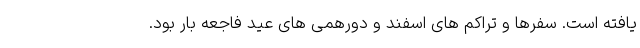
یافته است. سفرها و تراکم های اسفند و دورهمی های عید فاجعه بار بود.